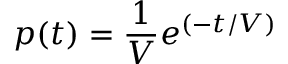
p ( t ) = { \frac { 1 } { V } } e ^ { ( - t / V ) }